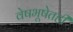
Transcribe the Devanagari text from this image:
वेषभूषेतही